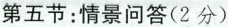
第五节：情景问答(2分)